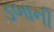
ડબાની